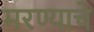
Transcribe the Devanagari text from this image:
मरण्याचे